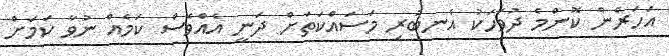
އަހަރެން ކޮންމެ ދުވަހަކު އެނބުރި މަސައްކަތަށް ދަނީ އެއްވެސް ކަމެއް ނުވާ ކަމަށް